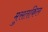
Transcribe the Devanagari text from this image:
मुसतकिल